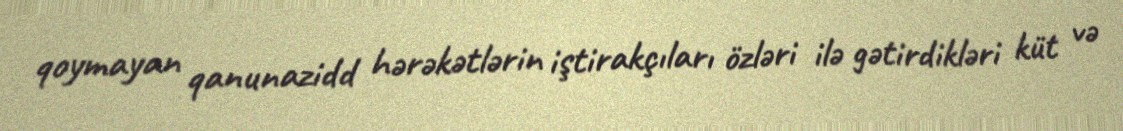
qoymayan qanunazidd hərəkətlərin iştirakçıları özləri ilə gətirdikləri küt və